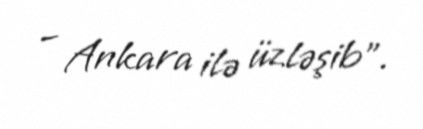
– Ankara ilə üzləşib”.